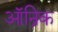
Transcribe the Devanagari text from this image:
ऑन्रिक